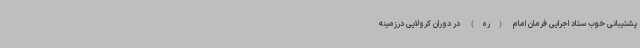
پشتیبانی خوب ستاد اجرایی فرمان امام (ره) در دوران کرولایی درزمینه